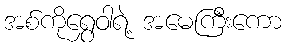
အစ်ကိုရွှေဝါရဲ့ အမေကြီးကော